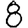
Digit: 8